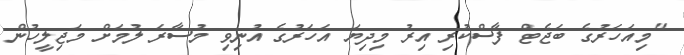
"މިއަހަރުގެ ބަޖެޓް ފާސްކުރި އިރު މިދިޔަ އަހަރުގެ އުނިވި މުސާރަ ލުމަށް މަޖިލީހުން